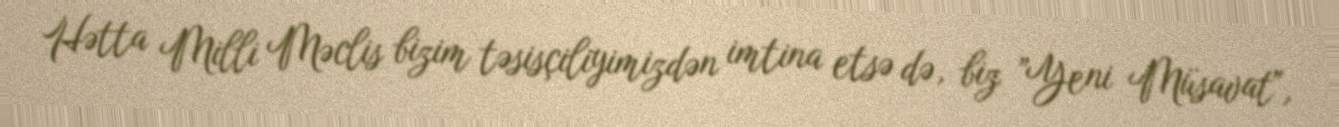
Hətta Milli Məclis bizim təsisçiliyimizdən imtina etsə də, biz ”Yeni Müsavat",